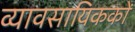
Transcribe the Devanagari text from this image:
व्यावसायिककों